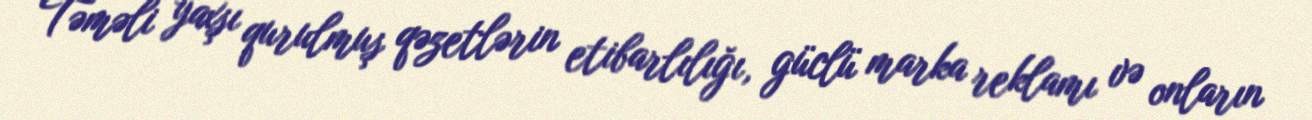
Təməli yaxşı qurulmuş qəzetlərin etibarlılığı, güclü marka reklamı və onların